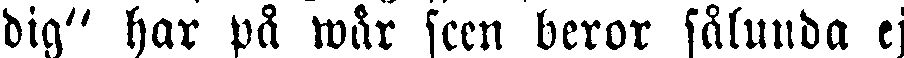
dig" har på wår scen beror sålunda ej